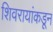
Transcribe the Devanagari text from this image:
शिवरायांकडून